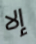
إلا